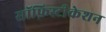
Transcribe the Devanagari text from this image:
सॉफ़िस्टीकेशन